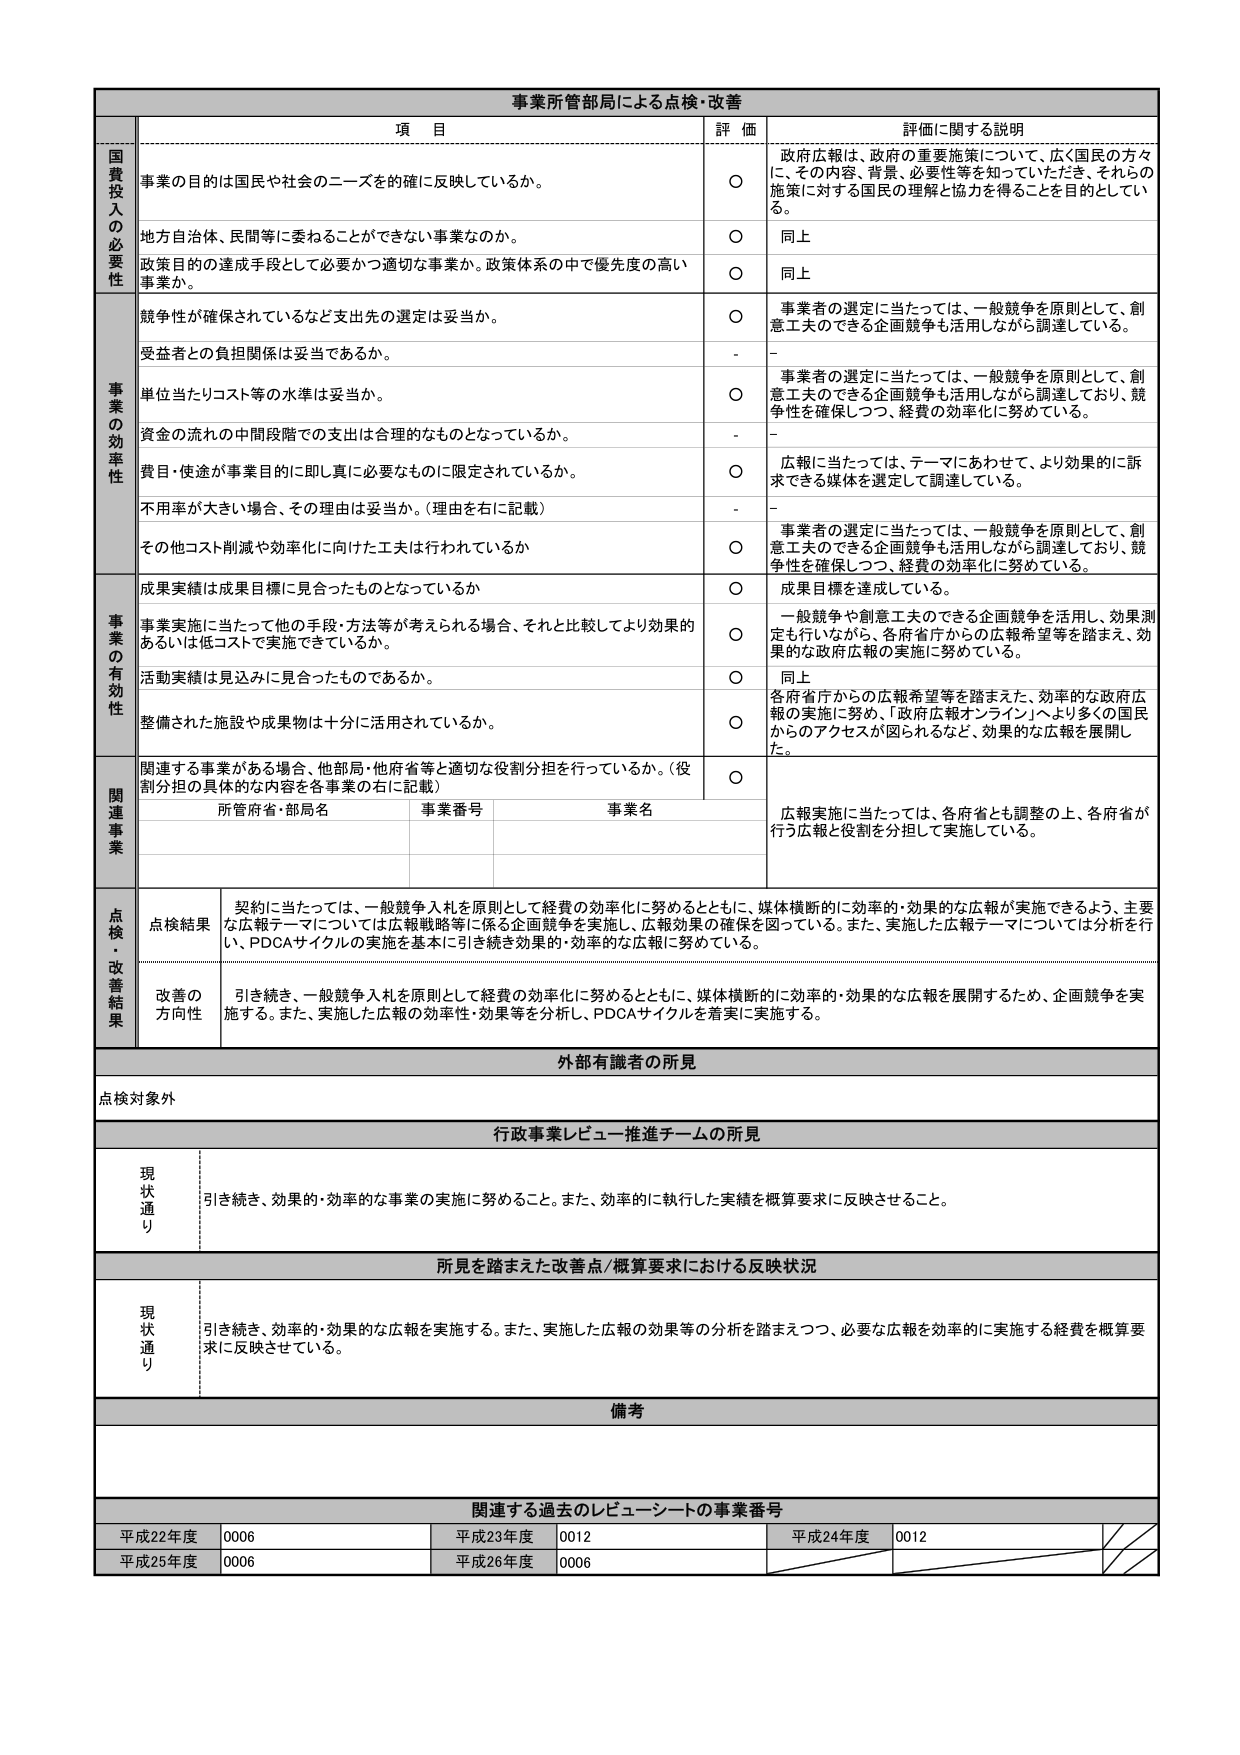
事業所管部局による点検・改善

項 目 評 価 評価に関する説明

国費投入の必要性
事業の目的は国民や社会のニーズを確に反映しているか。
○ 政府広報は、政府の重要施策について、広く国民の方々に、その内容、背景、必要性等を知っていただき、それらの施策に対する国民の理解と協力を得ることを目的としている。
地方自治体、民間等に委ねることができない事業なのか。
○ 同上
政策目的の達成手段として必要かつ適切な事業か。政策体系の中で優先度の高い事業か。
○ 同上

事業の効率性
競争性が確保されているなど支出先の選定は妥当か。
○ 事業者の選定に当たっては、一般競争を原則として、創意工夫のできる企画競争も活用しながら調達している。
受益者との負担関係は妥当であるか。
- -
単位当たりコスト等の水準は妥当か。
○ 事業者の選定に当たっては、一般競争を原則として、創意工夫のできる企画競争も活用しながら調達しており、競争性を確保しつつ、経費の効率化に努めている。
資金の流れの中間段階での支出は合理的なものとなっているか。
- -
費目・用途が事業目的に即し真に必要なものに限定されているか。
○ 広報に当たっては、テーマにあわせて、より効果的に訴求できる媒体を選定して調達している。
不用率が大きい場合、その理由は妥当か。（理由を右に記載）
- -
その他コスト削減や効率化に向けた工夫は行われているか
○ 事業者の選定に当たっては、一般競争を原則として、創意工夫のできる企画競争も活用しながら調達している。競争性を確保しつつ、経費の効率化に努めている。

事業の有効性
成果実績は成果目標に見合ったものとなっているか
○ 成果目標を達成している。
事業実施に当たって他の手段・方法等が考えられる場合、それと比較してより効果的あるいは低コストで実施できているか。
○ 一般競争や創意工夫のできる企画競争を活用し、効果測定も行いながら、各府省庁からの広報希望等を踏まえ、効果的な政府広報の実施に努めている。
活動実績は見込みに見合ったものであるか。
○ 同上
整備された施設や成果物は十分に活用されているか。
○ 各府省庁からの広報希望等を踏まえた、効率的な政府広報の実施に努め、「政府広報オンライン」へより多くの国民からのアクセスが図られるなど、効果的な広報を展開した。

関連事業
関連する事業がある場合、他部局・他府省等と適切な役割分担を行っているか。（役割分担の具体的な内容を各事業の右に記載）
○ 広報実施に当たっては、各府省とも調整の上、各府省が行う広報と役割を分担して実施している。
所管府省・部局名 事業番号 事業名

点検・改善結果
点検結果 契約に当たっては、一般競争入札を原則として経費の効率化に努めるとともに、媒体横断的に効率的・効果的な広報が実施できるよう、主要な広報テーマについては広報戦略等に係る企画競争を実施し、広報効果の確保を図っている。また、実施した広報テーマについては分析を行い、PDCAサイクルの実施を基本に引き続き効果的・効率的な広報に努めている。
改善の方向性 引き続き、一般競争入札を原則として経費の効率化に努めるとともに、媒体横断的に効率的・効果的な広報を展開するため、企画競争を実施する。また、実施した広報の効率性・効果等を分析し、PDCAサイクルを着実に実施する。

外部有識者の所見
点検対象外

行政事業レビュー推進チームの所見
現状通り 引き続き、効果的・効率的な事業の実施に努めること。また、効率的に執行した実績を概算要求に反映させること。

所見を踏まえた改善点/概算要求における反映状況
現状通り 引き続き、効率的・効果的な広報を実施する。また、実施した広報の効果等の分析を踏まえつつ、必要な広報を効率的に実施する経費を概算要求に反映させている。

備考

関連する過去のレビューシートの事業番号
平成22年度 0006 平成23年度 0012 平成24年度 0012
平成25年度 0006 平成26年度 0006